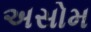
અસોમ